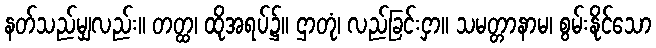
နတ်သည်မျှလည်း။ တတ္ထ၊ ထိုအရပ်၌။ ဌာတုံ၊ လည်ခြင်းငှာ။ သမတ္တာနာမ၊ စွမ်းနိုင်သော